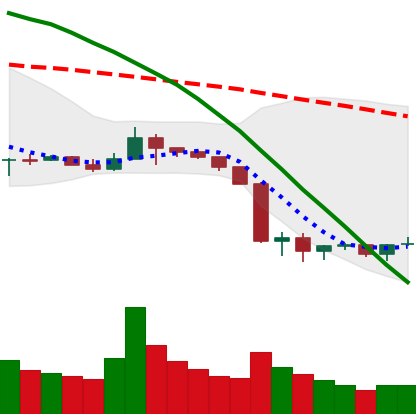
Ticker: BNB-USD
Chart end date: 2019-10-01
Forward return: -3.485%
Label: down_3_5